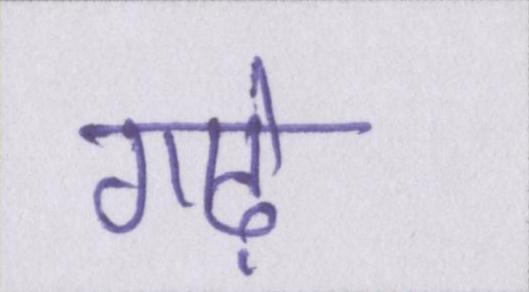
गाढ़े